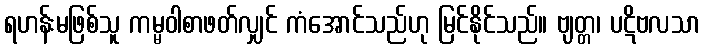
ရဟန်းမဖြစ်သူ ကမ္မဝါစာဖတ်လျှင် ကံအောင်သည်ဟု မြင်နိုင်သည်။ ဗျတ္တ၊ ပဋိဗလသာ